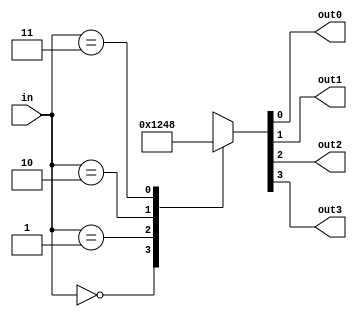
module decoder2 (
    input [1:0] in,
    output out0, out1, out2, out3
    );

reg [3:0] out;

assign out0 = out[0];
assign out1 = out[1];
assign out2 = out[2];
assign out3 = out[3];

always @ (*)
    case (in)
    2'b00: out = 4'b0001;
    2'b01: out = 4'b0010;
    2'b10: out = 4'b0100;
    2'b11: out = 4'b1000;
    endcase

endmodule